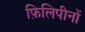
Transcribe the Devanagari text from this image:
फ़िलिपीनों